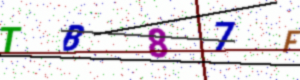
Text: TB87F